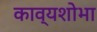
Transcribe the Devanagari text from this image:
काव्यशोभा